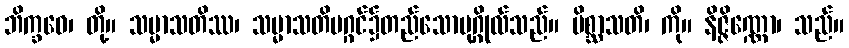
ဘိက္ခဝေ၊ တို့။ သမ္မာသတိဿ၊ သမ္မာသတိမဂ္ဂင်၌တည်သောပုဂ္ဂိုလ်သည်။ မိစ္ဆာသတိ၊ ကို။ နိဇ္ဇိဏ္ဏော၊ သည်။